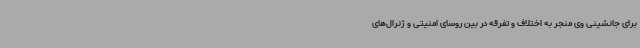
برای جانشینی وی منجر به اختلاف و تفرقه در بین روسای امنیتی و ژنرال‌های